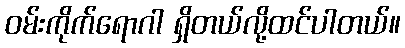
ဝမ်းကိုက်ရောဂါ ရှိတယ်လို့ထင်ပါတယ်။